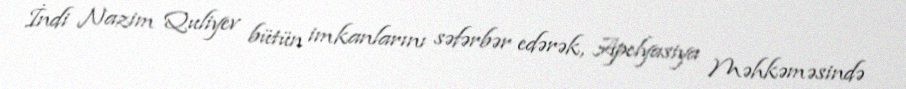
İndi Nazim Quliyev bütün imkanlarını səfərbər edərək, Apelyasiya Məhkəməsində